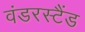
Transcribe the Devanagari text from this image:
वंडरस्टैंड